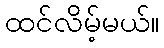
ထင်လိမ့်မယ်။